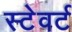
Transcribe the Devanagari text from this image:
स्टेवर्ट